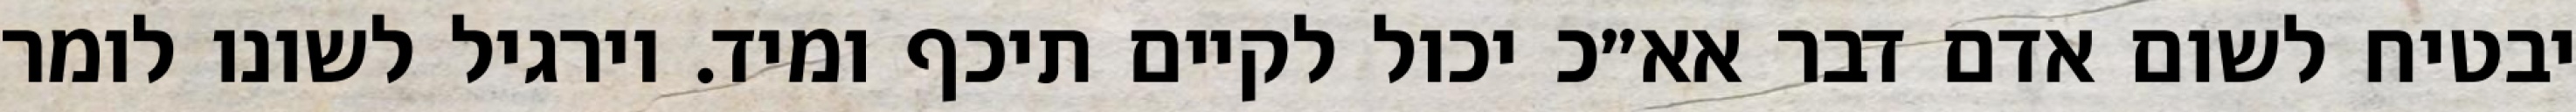
יבטיח לשום אדם דבר אא״כ יכול לקיים תיכף ומיד. וירגיל לשונו לומר